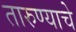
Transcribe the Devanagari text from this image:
तारुण्याचे